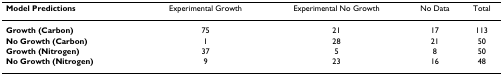
| Model Predictions | Experimental Growth | Experimental No Growth | No Data | Total |
 | --- | --- | --- | --- | --- |
 | Growth (Carbon) | 75 | 21 | 17 | 113 |
 | No Growth (Carbon) | 1 | 28 | 21 | 50 |
 | Growth (Nitrogen) | 37 | 5 | 8 | 50 |
 | No Growth (Nitrogen) | 9 | 23 | 16 | 48 |